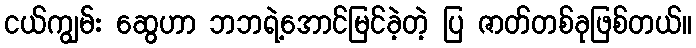
ငယ်ကျွမ်း ဆွေဟာ ဘဘရဲ့အောင်မြင်ခဲ့တဲ့ ပြ ဇာတ်တစ်ခုဖြစ်တယ်။